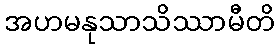
အဟမနုသာသိဿာမီတိ